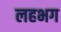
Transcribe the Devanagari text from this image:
लहभग